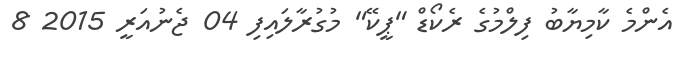
އެންމެ ކާމިޔާބު ފިލްމުގެ ރެކޯޑް "ޕީކޭ" މުގުރާލައިފި 04 ޖެނުއަރީ 2015 8